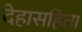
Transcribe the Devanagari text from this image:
देहासहिता